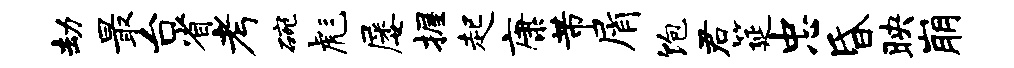
劫最台省考碗彪屡握起康芾屑饱君筵忠昏映崩